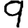
Digit: 9